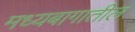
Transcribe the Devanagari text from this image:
मध्यबागातील